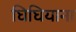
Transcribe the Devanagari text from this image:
घिघियाना